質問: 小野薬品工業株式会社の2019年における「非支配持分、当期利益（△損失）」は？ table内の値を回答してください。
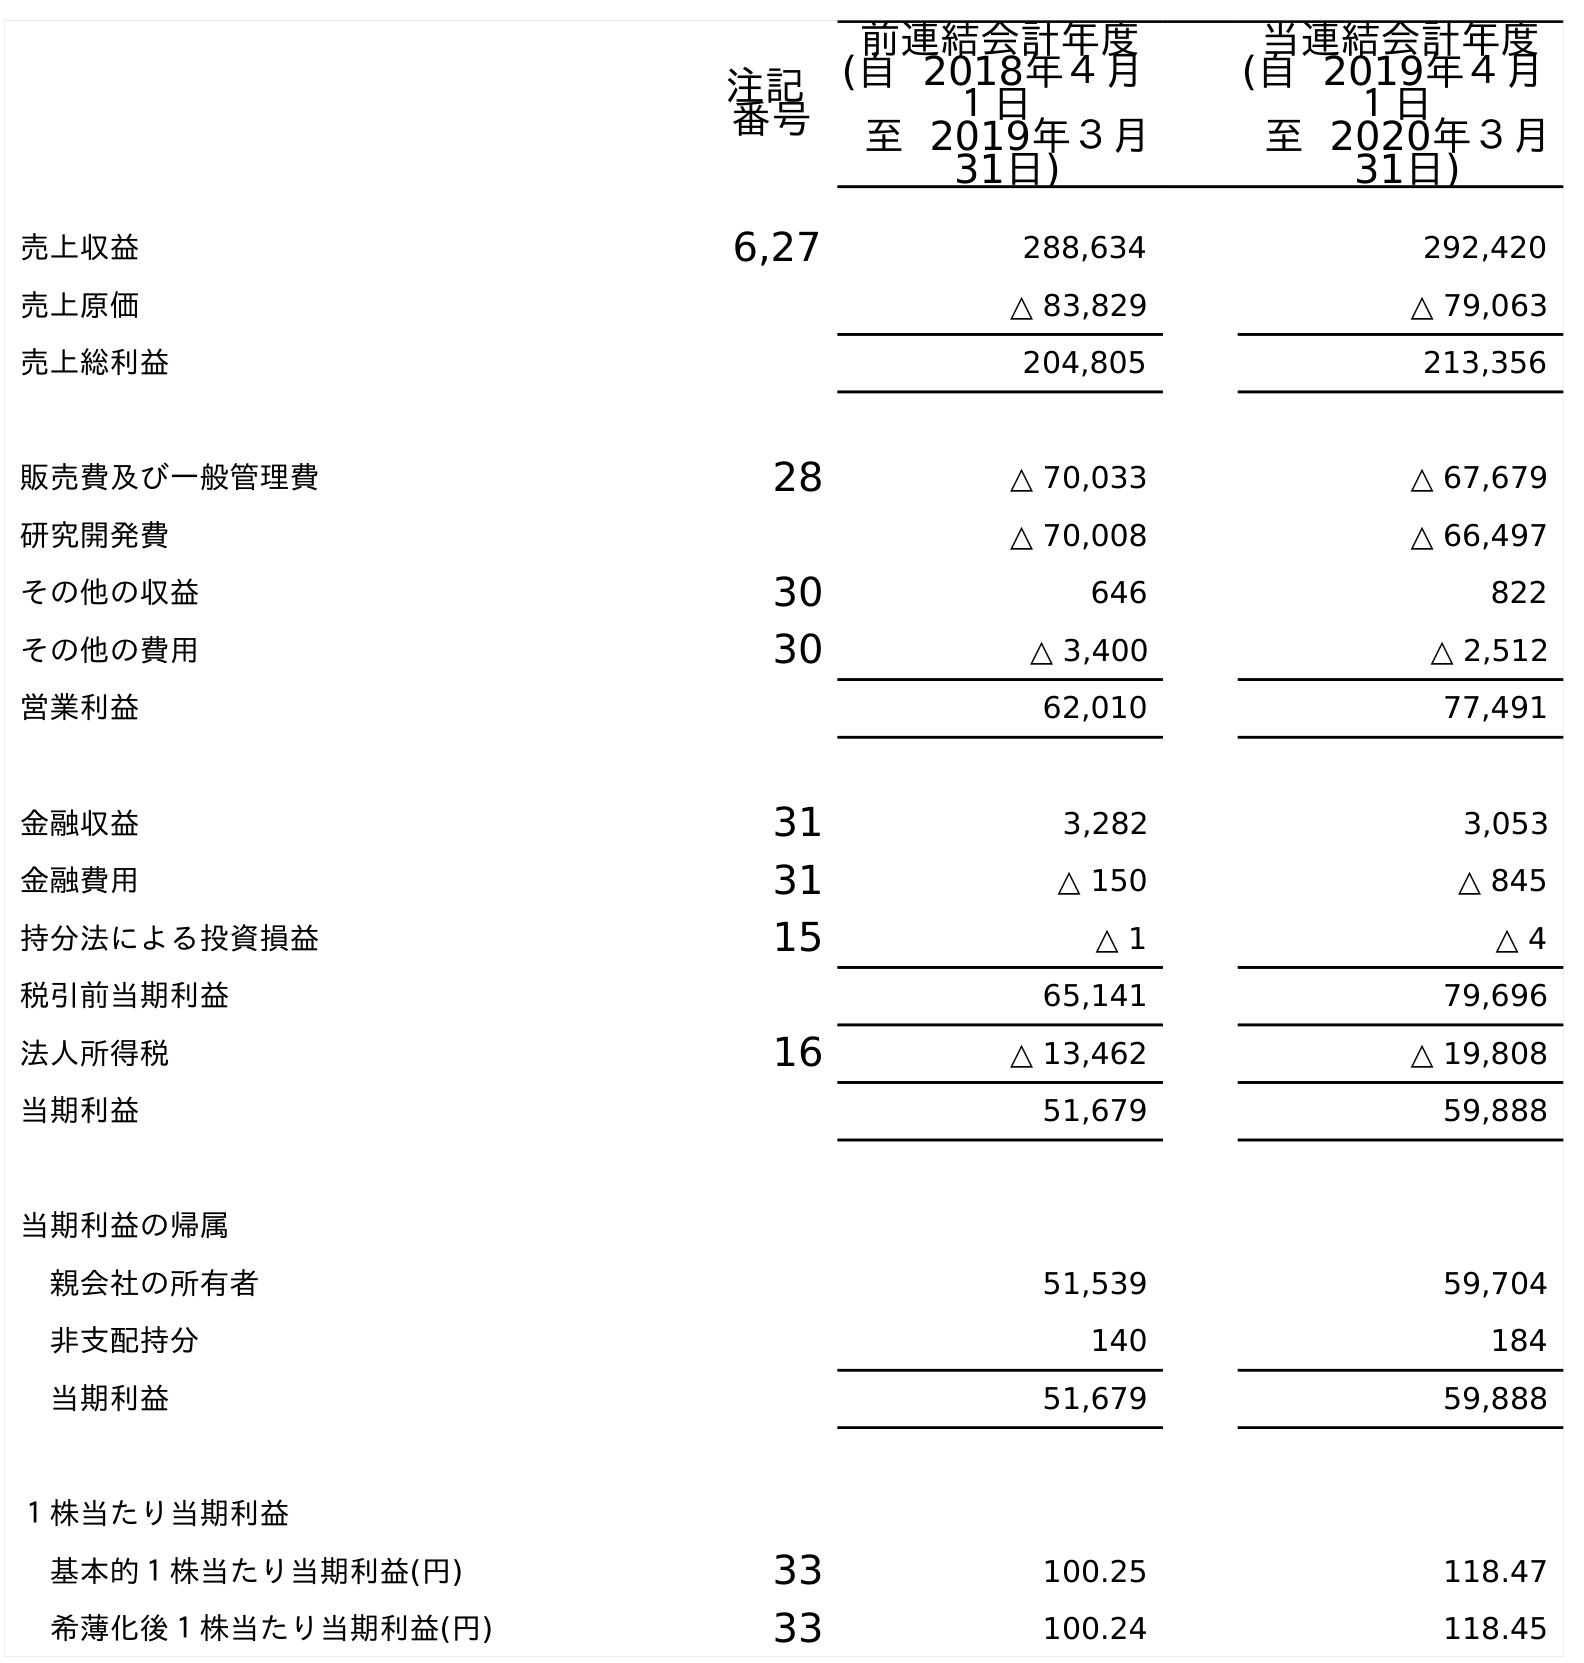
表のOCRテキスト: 注記 番号 前連結会計年度 (自 2018年４月 １日 至 2019年３月 31日) 当連結会計年度 (自 2019年４月 １日 至 2020年３月 31日) 売上収益 6,27 288,634 292,420 売上原価 △ 83,829 △ 79,063 売上総利益 204,805 213,356 販売費及び一般管理費 28 △ 70,033 △ 67,679 研究開発費 △ 70,008 △ 66,497 その他の収益 30 646 822 その他の費用 30 △ 3,400 △ 2,512 営業利益 62,010 77,491 金融収益 31 3,282 3,053 金融費用 31 △ 150 △ 845 持分法による投資損益 15 △ 1 △ 4 税引前当期利益 65,141 79,696 法人所得税 16 △ 13,462 △ 19,808 当期利益 51,679 59,888 当期利益の帰属 親会社の所有者 51,539 59,704 非支配持分 140 184 当期利益 51,679 59,888 １株当たり当期利益 基本的１株当たり当期利益(円) 33 100.25 118.47 希薄化後１株当たり当期利益(円) 33 100.24 118.45
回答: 140